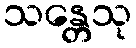
သန္တေသု